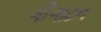
ગીગાટન